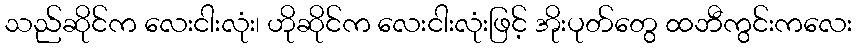
သည်ဆိုင်က လေးငါးလုံး၊ ဟိုဆိုင်က လေးငါးလုံးဖြင့် အိုးပုတ်တွေ ထဘီကွင်းကလေး